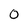
Character: 0